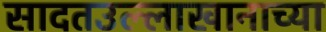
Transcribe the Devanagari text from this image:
सादतउल्लाखानाच्या